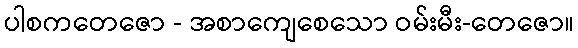
ပါစကတေဇော - အစာကျေစေသော ဝမ်းမီး-တေဇော။